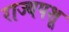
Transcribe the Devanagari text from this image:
राज्यपशू